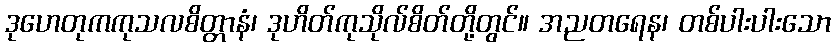
ဒုဟေတုကကုသလစိတ္တာနံ၊ ဒုဟိတ်ကုသိုလ်စိတ်တို့တွင်။ အညတရေန၊ တစ်ပါးပါးသော